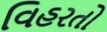
વિહરતો